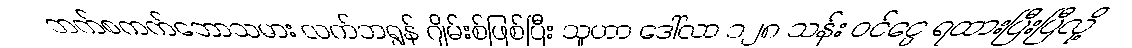
ဘက်စကက်ဘောသမား လက်ဘရွန် ဂျိမ်းစ်ဖြစ်ပြီး သူဟာ ဒေါ်လာ ၁၂၈ သန်း ဝင်ငွေ ရထားပြီးပြီလို့